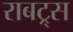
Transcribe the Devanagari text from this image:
राबट्र्स